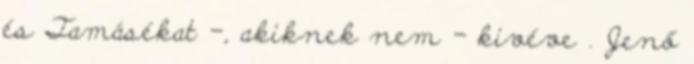
és Tamásékat -, akiknek nem - kivéve . Jenő